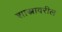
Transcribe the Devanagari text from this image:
शास्त्रावरील